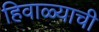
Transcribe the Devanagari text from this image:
हिवाळ्याची